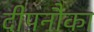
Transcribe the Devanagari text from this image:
दीपनौका